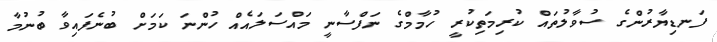
ފަނޑިޔާރުންގެ ސުވާލުތައް ކުރިމަތިކުރީ ހުމާމްގެ ނަފްސާނީ މައްސަލައެއް ހުންނަ ކަމަށް ބުނެފައިވާ ބުނުމާ